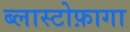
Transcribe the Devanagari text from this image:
ब्लास्टोफ़ागा